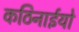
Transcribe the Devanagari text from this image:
कठिनाईयो